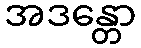
အဒန္တော